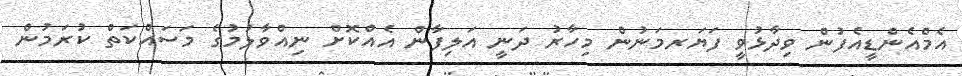
އެމްއެންޑީއެފުން ވިދާޅުވީ ފަޔަރމަނުން މިހާރު ދަނީ އަލިފާން އެއްކޮށް ނިއްވާލުމުގެ މަސައްކަތް ކުރަމުން